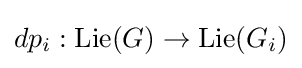
dp_{i}:\operatorname {Lie} (G)\to \operatorname {Lie} (G_{i})